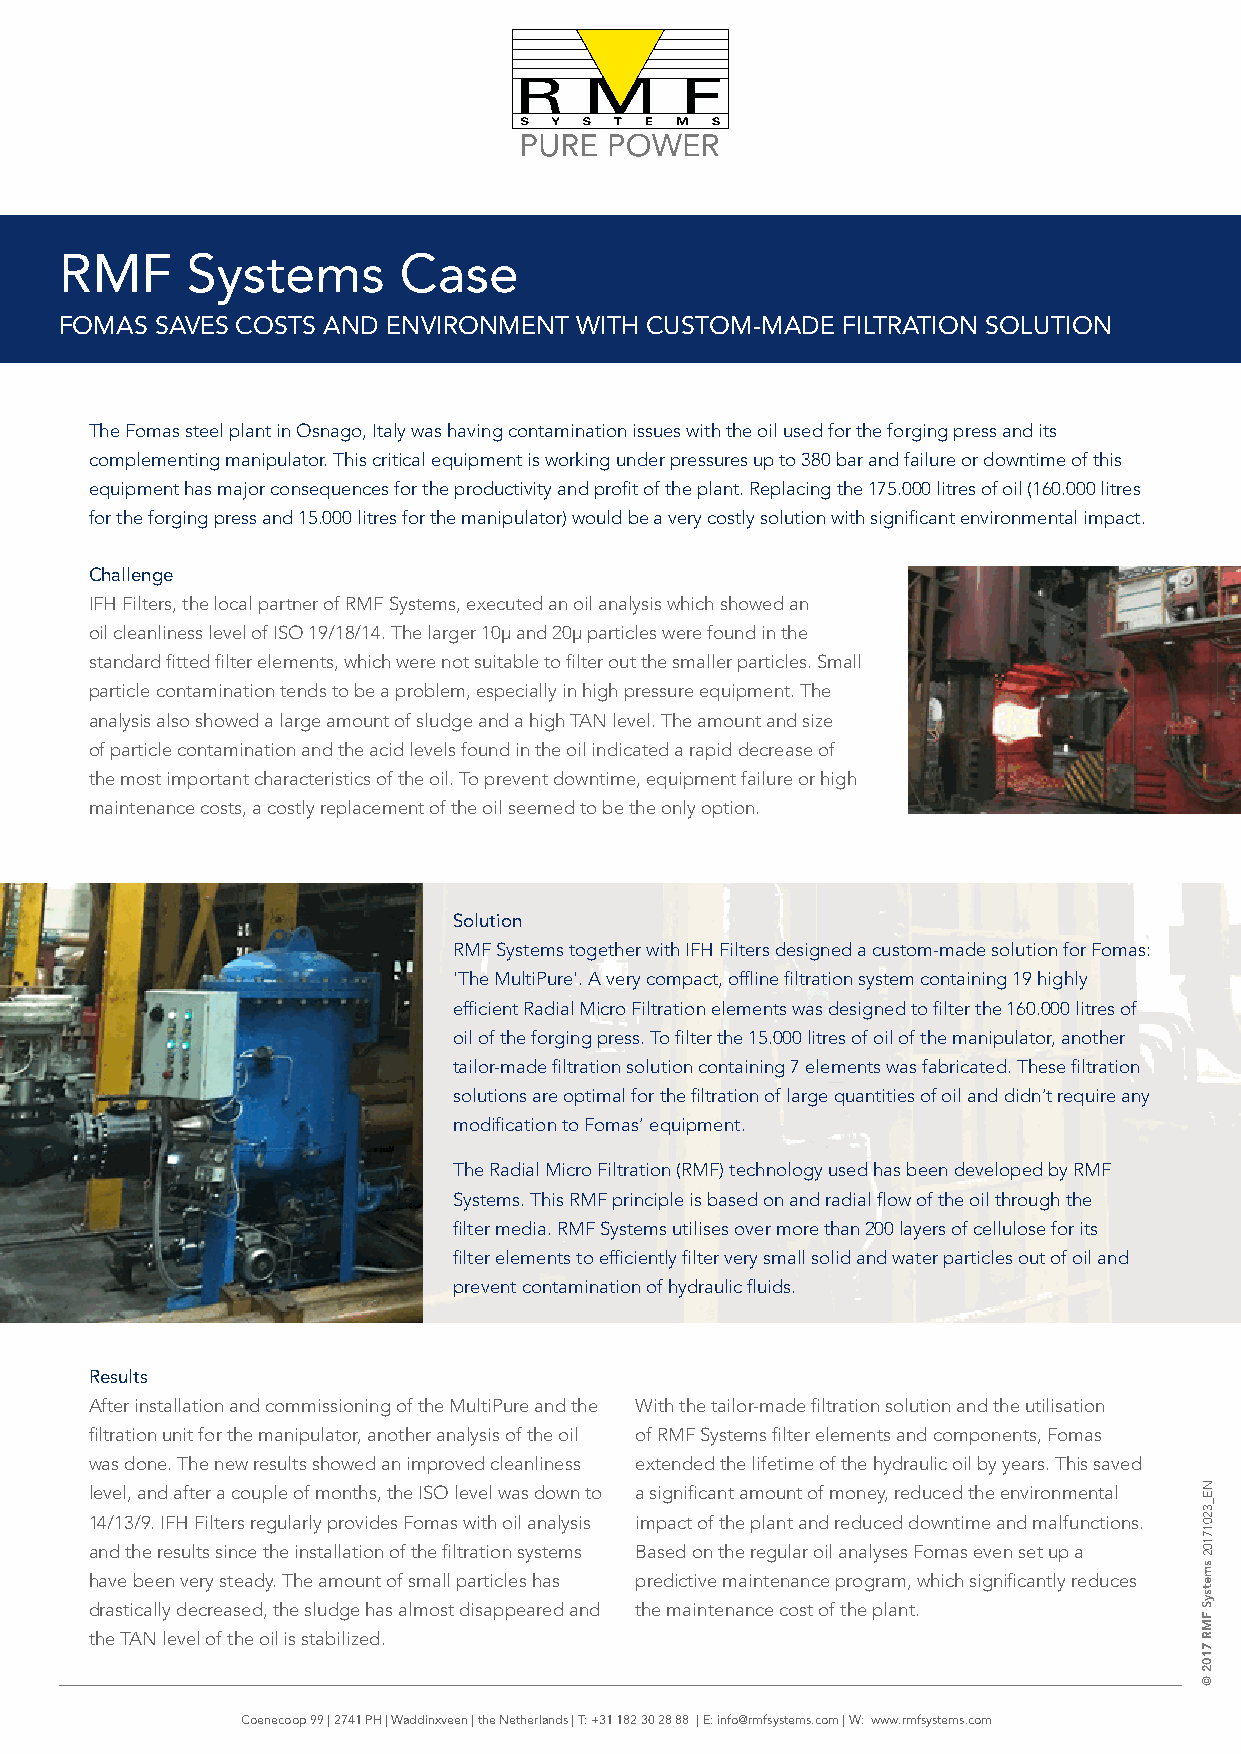
RMF     Systems       Case
 FOMAS SAVES COSTS AND ENVIRONMENT WITH CUSTOM-MADE  FILTRATION SOLUTION
 The Fomas steel plant in Osnago, Italy was having contamination issues with the oil used for the forging press and its
 complementing manipulator. This critical equipment is working under pressures up to 380 bar and failure or downtime of this
 equipment has major consequences for the productivity and profit of the plant. Replacing the 175.000 litres of oil (160.000 litres
 for the forging press and 15.000 litres for the manipulator) would be a very costly solution with significant environmental impact.
 Challenge
 IFH Filters, the local partner of RMF Systems, executed an oil analysis which showed an
 oil cleanliness level of ISO 19/18/14. The larger 10µ and 20µ particles were found in the
 standard fitted filter elements, which were not suitable to filter out the smaller particles. Small
 particle contamination tends to be a problem, especially in high pressure equipment. The
 analysis also showed a large amount of sludge and a high TAN level. The amount and size
 of particle contamination and the acid levels found in the oil indicated a rapid decrease of
 the most important characteristics of the oil. To prevent downtime, equipment failure or high
 maintenance costs, a costly replacement of the oil seemed to be the only option.
 Solution
 RMF Systems together with IFH Filters designed a custom-made solution for Fomas:
 'The MultiPure'. A very compact, offline filtration system containing 19 highly
 efficient Radial Micro Filtration elements was designed to filter the 160.000 litres of
 oil of the forging press. To filter the 15.000 litres of oil of the manipulator, another
 tailor-made filtration solution containing 7 elements was fabricated. These filtration
 solutions are optimal for the filtration of large quantities of oil and didn’t require any
 modification to Fomas’ equipment.
 The Radial Micro Filtration (RMF) technology used has been developed by RMF
 Systems. This RMF principle is based on and radial flow of the oil through the
 filter media. RMF Systems utilises over more than 200 layers of cellulose for its
 filter elements to efficiently filter very small solid and water particles out of oil and
 prevent contamination of hydraulic fluids.
 Results
 After installation and commissioning of the MultiPure and the With the tailor-made filtration solution and the utilisation
 filtration unit for the manipulator, another analysis of the oil of RMF Systems filter elements and components, Fomas
 was done. The new results showed an improved cleanliness extended the lifetime of the hydraulic oil by years. This saved
 level, and after a couple of months, the ISO level was down to a significant amount of money, reduced the environmental
 14/13/9. IFH Filters regularly provides Fomas with oil analysis impact of the plant and reduced downtime and malfunctions.
 and the results since the installation of the filtration systems Based on the regular oil analyses Fomas even set up a
 have been very steady. The amount of small particles has predictive maintenance program, which significantly reduces
 drastically decreased, the sludge has almost disappeared and the maintenance cost of the plant.
 the TAN level of the oil is stabilized.
 Coenecoop 99 | 2741 PH | Waddinxveen | the Netherlands | T: +31 182 30 28 88 | E: info@rmfsystems.com | W: www.rmfsystems.com
 NE_32017102smetsyS
 FMR
 7102
 ©